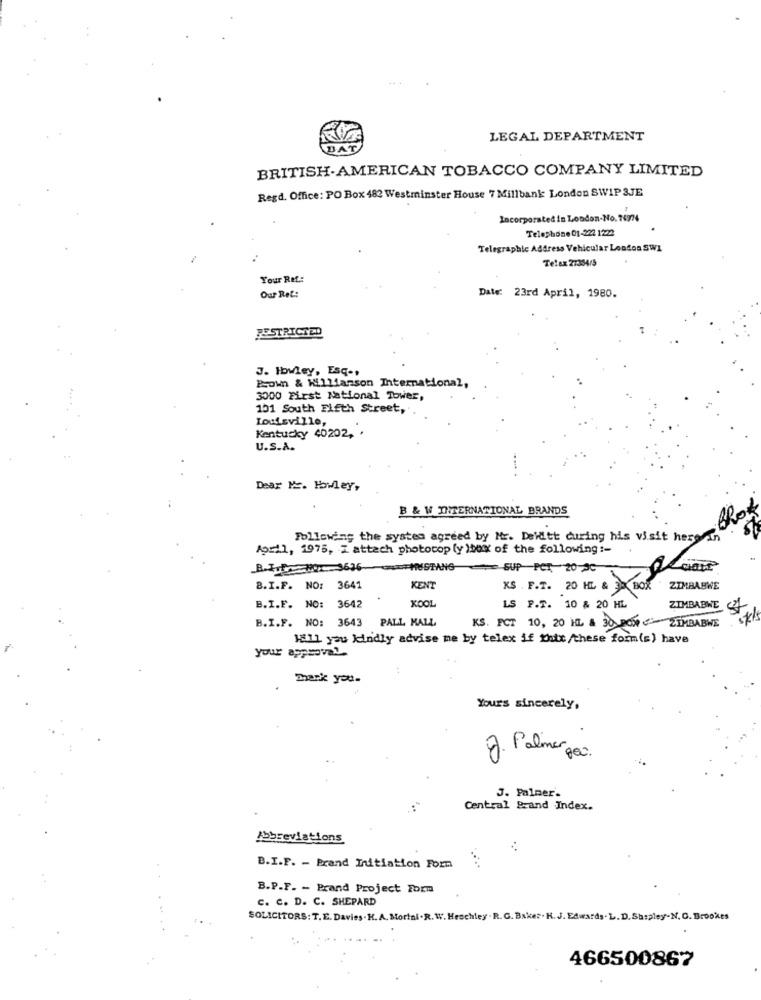
LEGAL DEPARTMENT
BAT
BRITISH-AMERICAN TOBACCO COMPANY LIMITED
Regd. Office: PO Box 482 Westminster House 7 Millbank London SWIP 3JE
Incorporated in London-No. 76974
Telephone 01-222 1222
Telegraphic Address Vehicular London SWI
Telex 27384/5
Your Ref .:
Our Ret:
Date: 23rd April, 1980.
RESTRICTED
J. Ibwley, Esq -,
Pzow & Williamson International,
3000 First National Tower,
151 South Fifth Street,
Louisville,
Kentucky 40202, .
U.S.A.
... .
Dear Mr. Howley,
B & W INTERNATIONAL BRANDS
Following the system agreed by Mr. Delätt during his visit here in
April, 1975, I attach photocopy )00X of the following :-
B.Eu HOL 3636 MUSTANG SUP PCT. 20-96
B.I.F. NO: 3641
KENT
KS . F.T. 20 HL & XBOX
ZIMBABWE
B.I.F. NO: 3642
KOOL
LS P.T. 10 & 20 HL
ZIMBABWE
B.I.F. NO: 3643 PALL MALL
KS. FCT 10, 20 HL & 30 PON " ZIMBABWE
will you kindly advise me by telex if that these form(s) have
your approval-
Thank you-
Yours sincerely,
J. Palmer paci.
J. Palmer.
Central Brand Index.
Abbreviations
B.I.F. - Brand Initiation Form
B.P.F. - Prand Project Form
C. C. D. C. SHEPARD
SOLICITORS: T.E. Davies . H. A. Morini.R. W. Heochley . R. G. Baker . K. J. Edwards . L. D. Shipley.N. C. Brookes
466500867